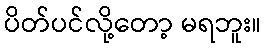
ပိတ်ပင်လို့တော့ မရဘူး။